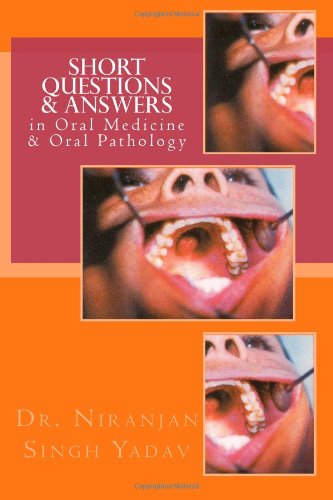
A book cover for Short Questions & Answers in Oral Medicine & Oral Pathology: Short Questions form the basis in Assessment of Knowledge in VIVA and Competitive ... for any undergraduate student of Dentistry; Dr Niranjan Singh Yadav; Medical Books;